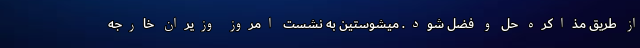
از طریق مذاکره حل و فضل شود. میشوستین به نشست امروز وزیران خارجه